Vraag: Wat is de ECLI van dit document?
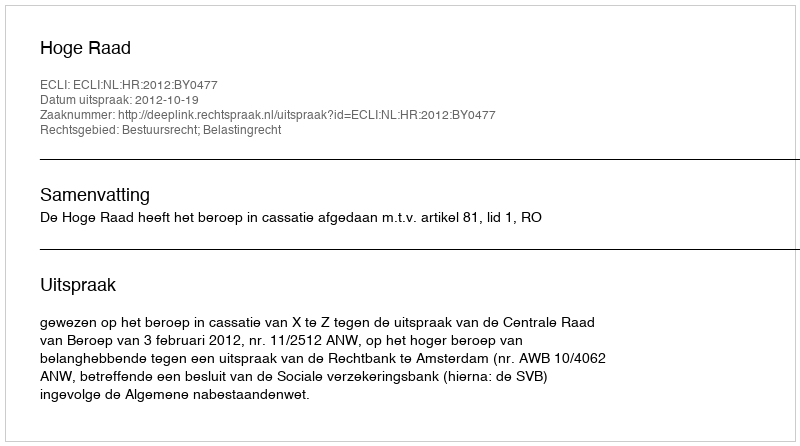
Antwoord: ECLI:NL:HR:2012:BY0477